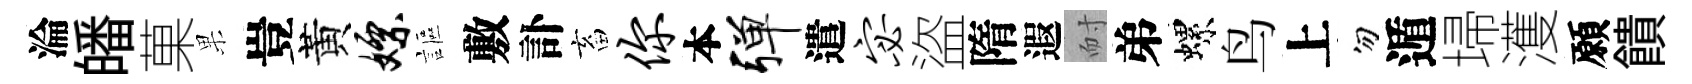
淪皤菓果豈黃嫖謳敷訃畜你本弹遣宓盜隋遐耐弟螺鸟上勿遁埽濩願饋